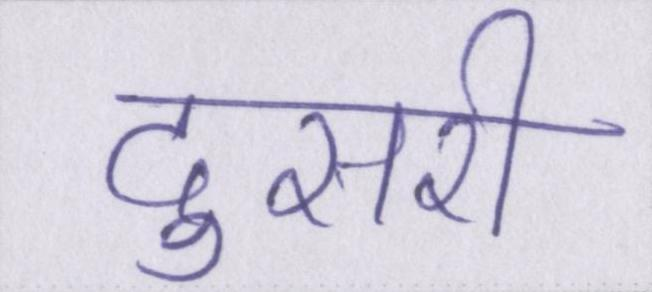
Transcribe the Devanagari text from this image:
दुसरी